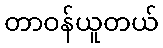
တာဝန်ယူတယ်